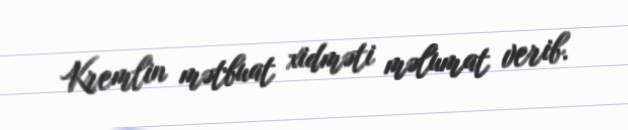
Kremlin mətbuat xidməti məlumat verib.